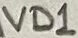
Text: VD1